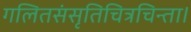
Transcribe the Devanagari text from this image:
गलितसंसृतिचित्रचिन्ता।